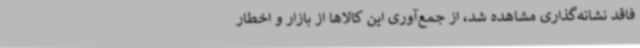
فاقد نشانه‌گذاری مشاهده شد، از جمع‌آوری این کالاها از بازار و اخطار